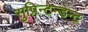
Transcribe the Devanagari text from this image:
सुप्रिन्टेन्डेन्ट